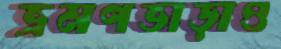
ভ্রমণভাড়াও